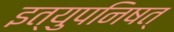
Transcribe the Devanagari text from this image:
इत्युपनिषत्‌